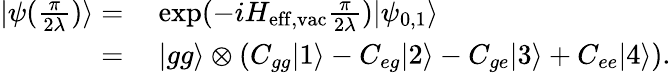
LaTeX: \begin{array}{rl}{|\psi(\frac{\pi}{2\lambda})\rangle=}&{~\mathrm{exp}(-iH_{\mathrm{eff,vac}}\frac{\pi}{2\lambda})|\psi_{0,1}\rangle}\\ {=}&{~|gg\rangle\otimes(C_{gg}|1\rangle-C_{eg}|2\rangle-C_{ge}|3\rangle+C_{ee}|4\rangle).}\end{array}